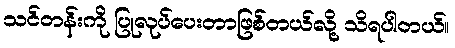
သင်တန်းကို ပြုလုပ်ပေးတာဖြစ်တယ်လို့ သိရပါတယ်။